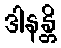
ဒါနန္တိ